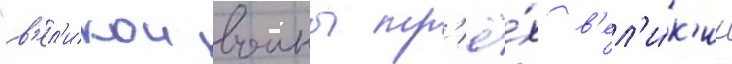
"в'ел'икои воины тр'ё́х в'ел'и́к'их